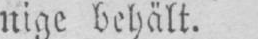
nige behält.